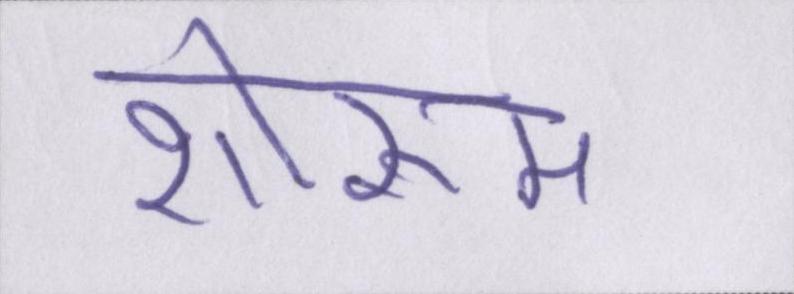
शोरूम